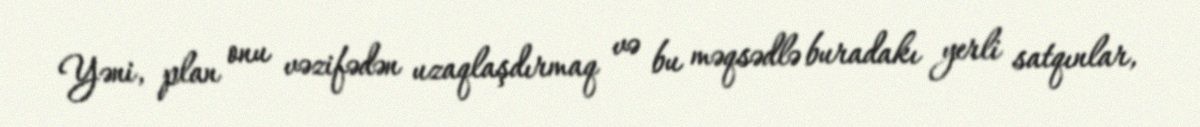
Yəni, plan onu vəzifədən uzaqlaşdırmaq və bu məqsədlə buradakı yerli satqınlar,